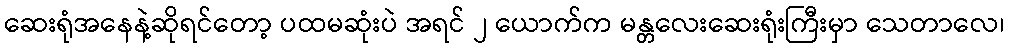
ဆေးရုံအနေနဲ့ဆိုရင်တော့ ပထမဆုံးပဲ အရင် ၂ ယောက်က မန္တလေးဆေးရုံးကြီးမှာ သေတာလေ၊